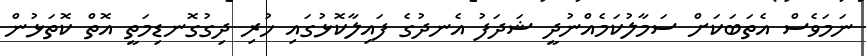
ނަމަވެސް އެތަބަކަށް ސަމާލުކަމެއްނުދީ ޝަދަފު އެނދުގެ ފައިލާކޮޅުގައި ހުރި ދިގުގޮނޑިމަތީ އޮތް ކޮތަޅުން